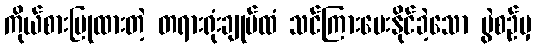
ကိုယ်စားပြုထားတဲ့ တရားရုံးချုပ်ထံ သင်ကြားပေးနိုင်ခဲ့သော ပွဲစဉ်မှ